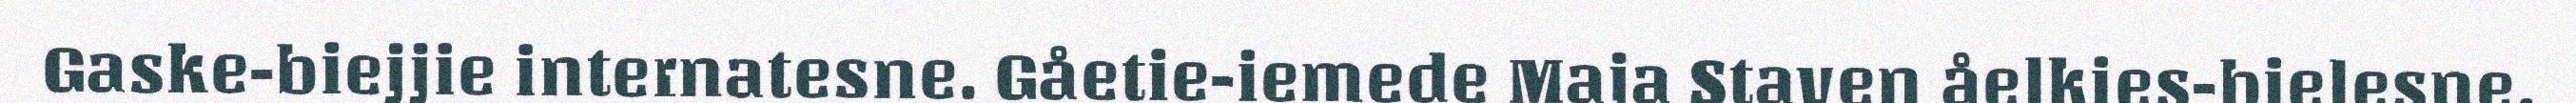
Gaske-biejjie internatesne. Gåetie-iemede Maja Staven åelkies-bielesne.